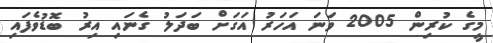
މީގެ ކުރިން 2005 ވަނަ އަހަރު އަގަށް ބަދަލު ގެނައި އިރު ބޮޑުވެފައި